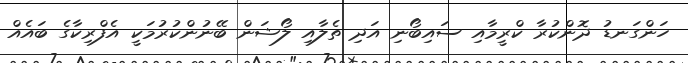
ހަންގަނޑު ދޮންކުރާ ކްރީމާއި ސައިބޯނި އަދި ތެލާއި ލޯޝަން ބޭނުންކުރުމަކީ އެފްރިކާގެ ބައެއް